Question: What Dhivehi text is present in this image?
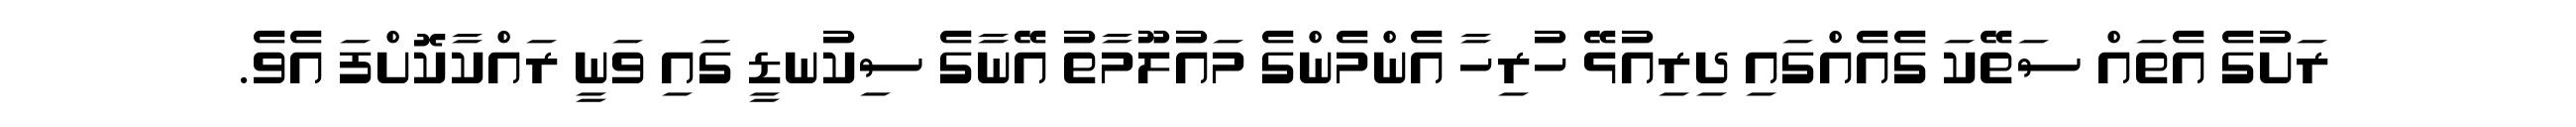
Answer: ރަށުގެ އެތައް ސަތޭކަ ގެއެއްގައި ދިރިއުޅޭ ހުރިހާ އެންމެންގެ މައުލޫމާތު އޭނާގެ ސިކުނޑީ ގައި ވަނީ ރައްކާކޮށްފަ އެވެ.